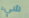
شيء